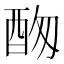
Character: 𨠞